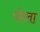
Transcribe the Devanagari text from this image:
व्हेला